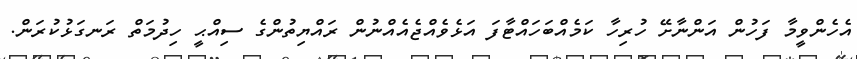
އެހެންވީމާ ފަހުން އަންނާށޭ ހުރިހާ ކަމެއްބަހައްޓާފަ އަޅެވެއްޖެއެއްނުން ރައްޔިތުންގެ ސިއްޙީ ހިދުމަތް ރަނގަޅުކުރަން.